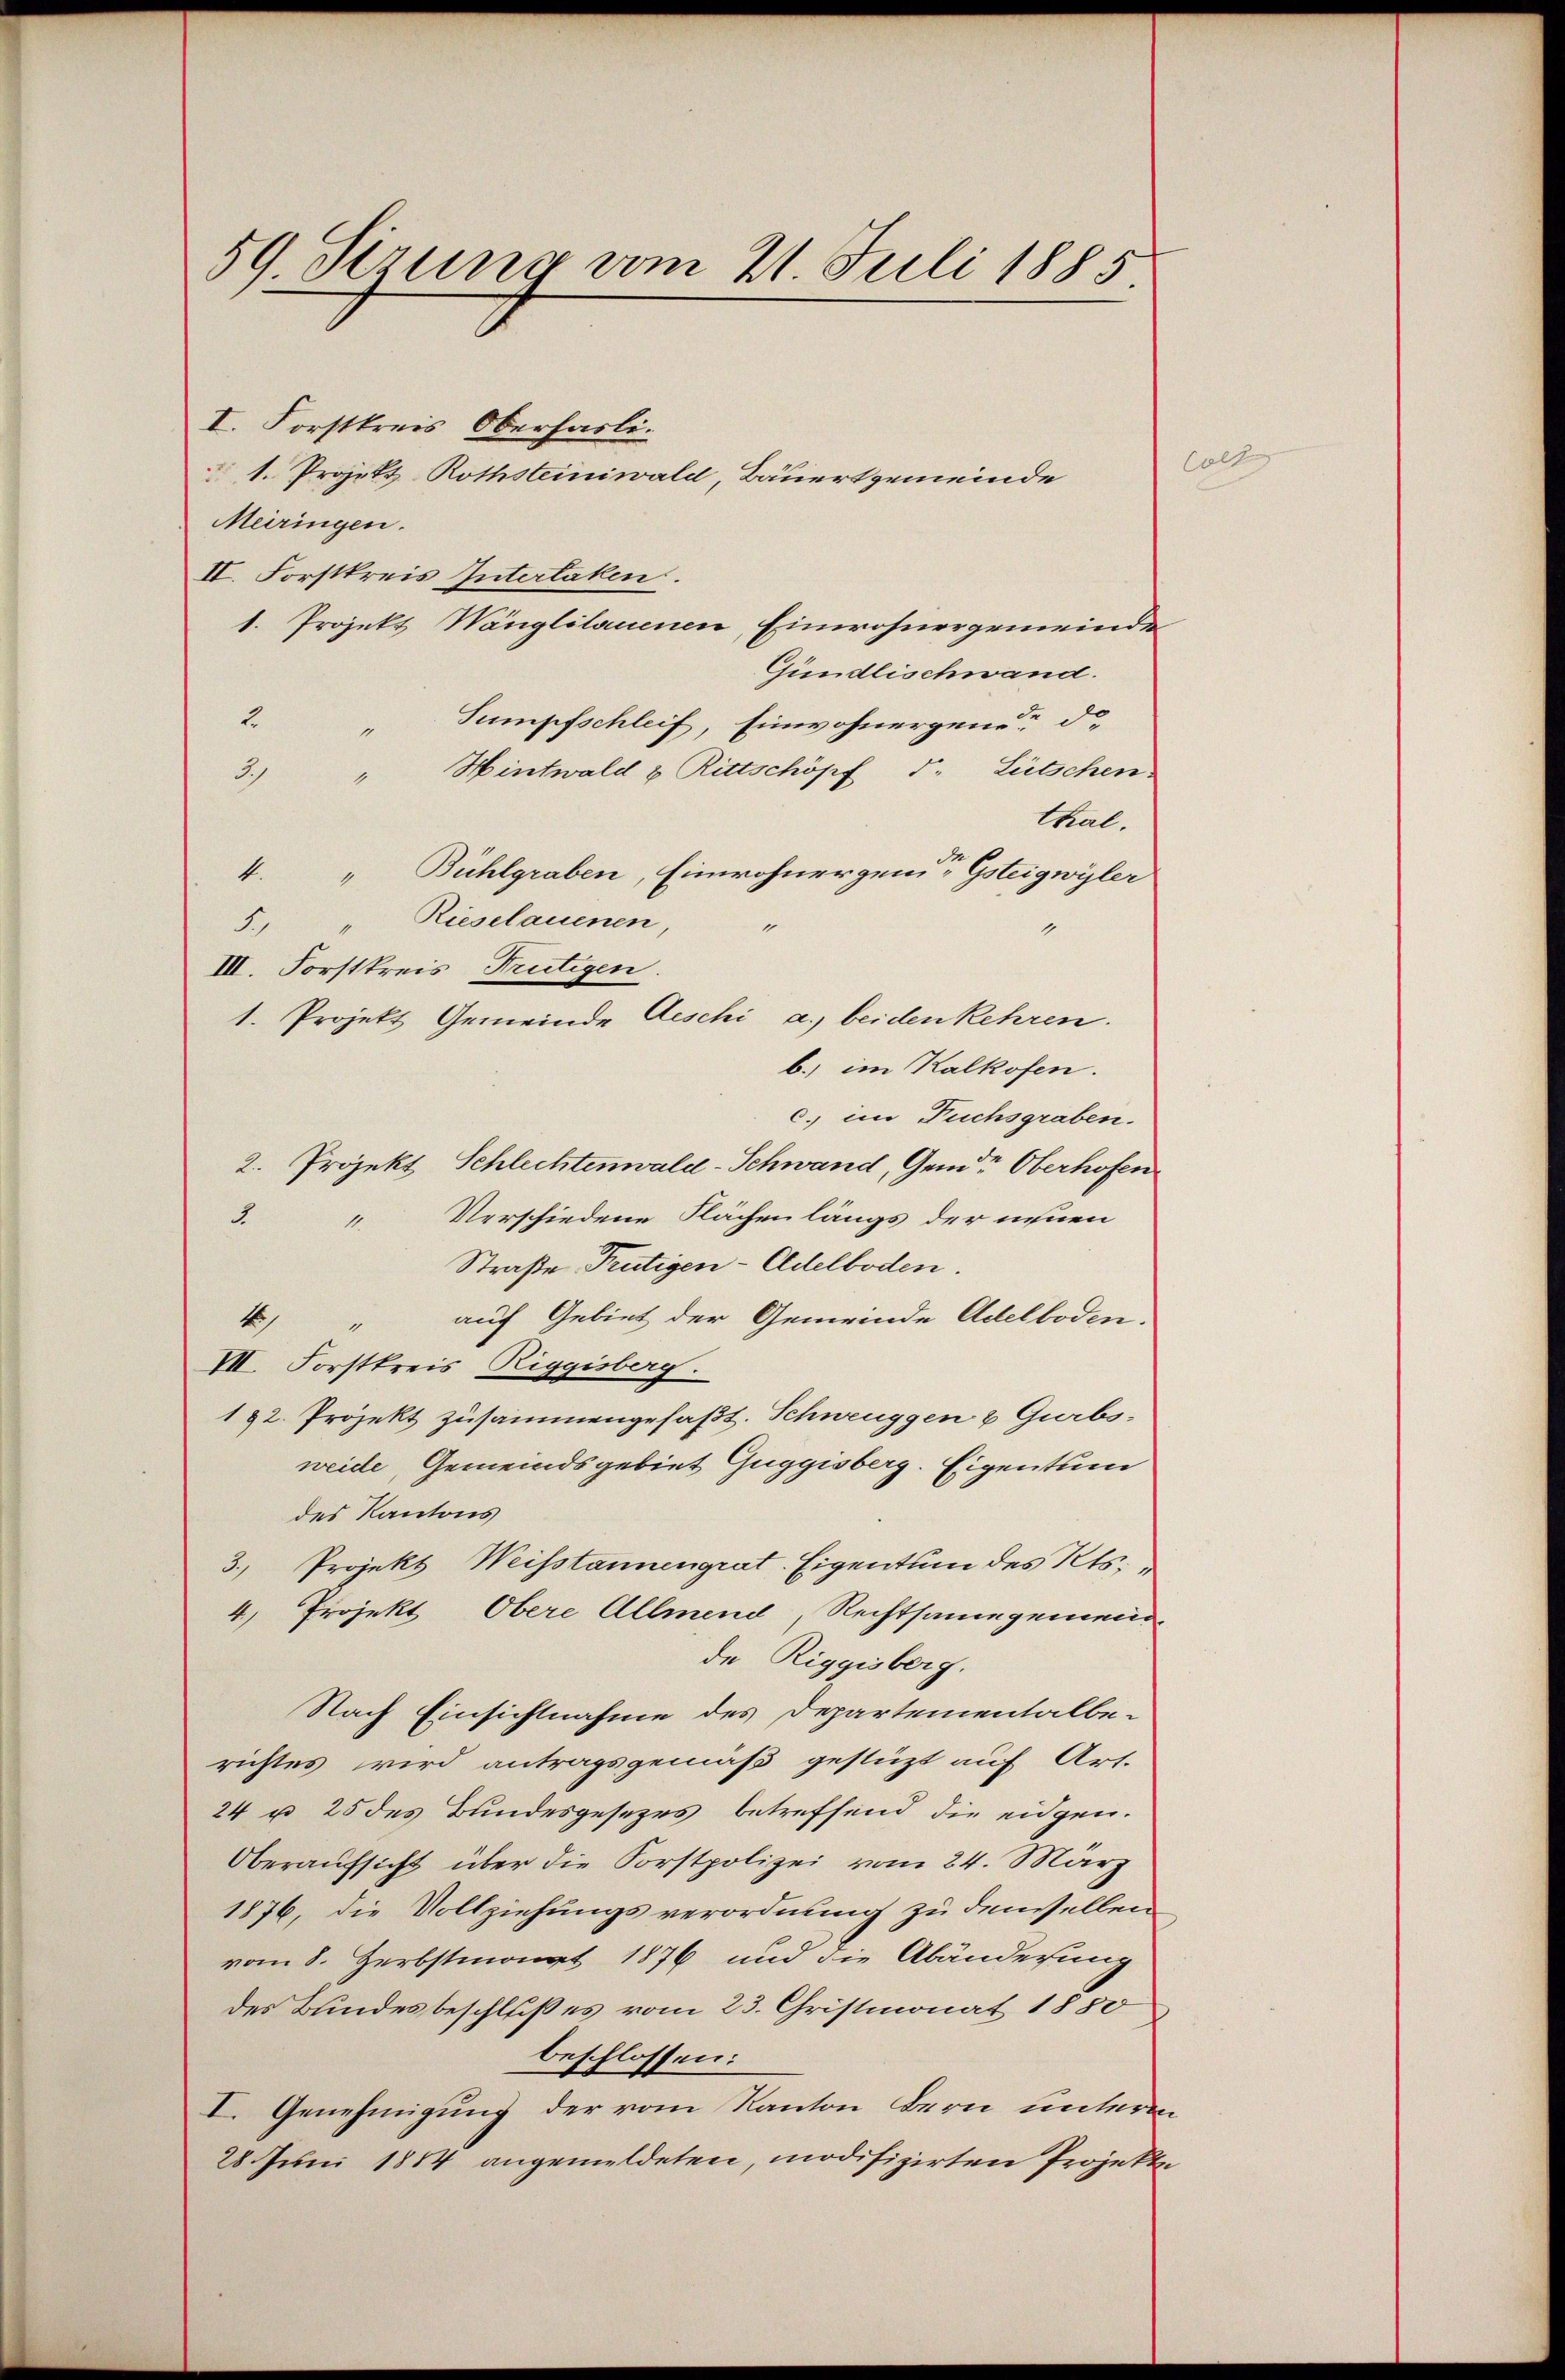
59. Sirung vom 21. Juli 1885

I. Forstkreis Oberhasli
1. Projekt. Rothsteiniwald, Bauertgemeinde
Meiringen.
II. Forstkreis Interlaken.
1. Projekt Wänglilauenen, Einwohnergemeinde
Gundlischwand.
2.Sumpfschleif, Einwohnergener d
" Hintwald u Rittschöpf 1. Lütschen
3)
thal.
4. " Bühlgraben, Einwohnergen Gsteigwyler
Rieselauenen,
F
III. Forstkreis, Frutigen.
1. Projekt Gemeinde Aeschi a.) beiden Kehren.
b.) im Kalkofen.
c. im Fuchsgraben.
2. Projekt Schlechtenwald-Schwand, Gemde Oberhofen
Verschiedene Flächenlängs der innen
2
11
Straße Frutigen - Eldelboden.
4 " auf Gebiet der Gemeinde Adelboden.
VII. Forstkreis, Riggisberg.
182. Projekt zusammengefaßt. Schweuggen & Gurbs-
weide, Gemeindsgebiet Guggisberg. Eigentum
des Kantons
3. Projekt Weisstannengrat. Eigentum des Kts.
4.) Projekt Obere Allmend, Rechtsamegemeinde Riggisberg.
Nach Einsichtnahme des Departementalberichtes wird antragsgemäß gestüzt auf Art.
24 u 25 des Bundesgesezes betreffend die eidgen.
Oberaufsicht über die Forstpolizei vom 24. März
1876, die Vollziehungsverordnung zu denselben
vom 8. Herbstmonat 1876 und die Abänderung
des Bundesbeschluß es vom 23. Christmonat 1850
beschlossen:
I. Genehmigung der vom Kanton Bern untern
28. Juni 1854 angemeldeten, modifizirten Projekt